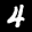
Label: 4